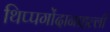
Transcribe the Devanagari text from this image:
थिप्पगोंदानाहल्ली